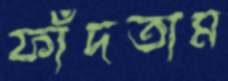
ফাঁদতাম